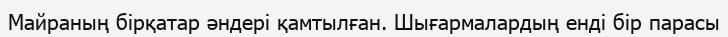
Майраның бірқатар әндері қамтылған. Шығармалардың енді бір парасы